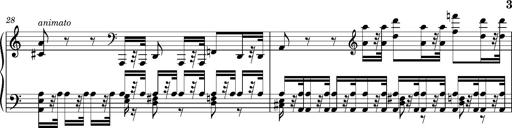
Title: Introduction des Variations sur une marche du SiÃ¨ge de Corinthe, S.421a
Composer: Franz Liszt
Key: F minor